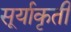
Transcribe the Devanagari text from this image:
सूर्याकृती